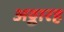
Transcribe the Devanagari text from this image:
अठ्ठारह